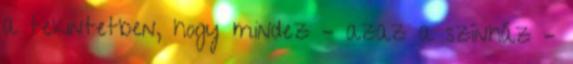
a tekintetben, hogy mindez – azaz a színház –